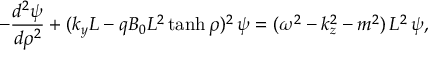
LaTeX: - { \frac { d ^ { 2 } \psi } { d \rho ^ { 2 } } } + ( k _ { y } L - q B _ { 0 } L ^ { 2 } \operatorname { t a n h } \rho ) ^ { 2 } \, \psi = ( \omega ^ { 2 } - k _ { z } ^ { 2 } - m ^ { 2 } ) \, L ^ { 2 } \, \psi ,